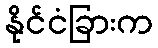
နိုင်ငံခြားက